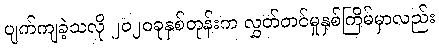
ပျက်ကျခဲ့သလို ၂၀၂၀ခုနှစ်တုန်းက လွှတ်တင်မှုနှစ်ကြိမ်မှာလည်း